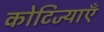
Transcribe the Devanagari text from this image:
कोटिज्याएँ